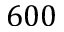
6 0 0